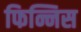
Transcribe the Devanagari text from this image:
फिन्निस